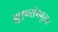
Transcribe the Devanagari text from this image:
ह्युएन्संगनुसार